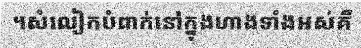
។សំលៀកបំពាក់នៅក្នុងហាងទាំងអស់គឺ